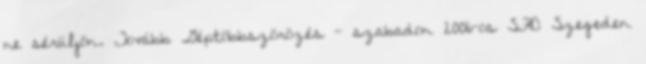
ne sérüljön. Tovább Géptöbbszörözés - szabadon 2006-os SFD Szegeden